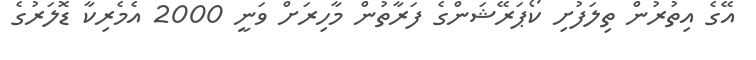
އޭގެ އިތުރުން ތިލަފުށި ކޯޕަރޭޝަންގެ ފަރާތުން މާހިރަށް ވަނީ 2000 އެމެރިކާ ޑޮލަރުގެ